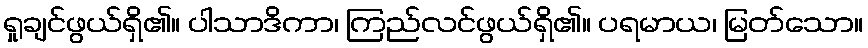
ရှုချင်ဖွယ်ရှိ၏။ ပါသာဒိကာ၊ ကြည်လင်ဖွယ်ရှိ၏။ ပရမာယ၊ မြတ်သော။